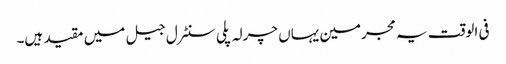
فی الوقت یہ مجرمین یہاں چرلہ پلی سنٹرل جیل میں مقید ہیں۔